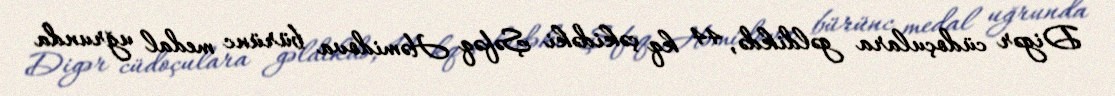
Digər cüdoçulara gəldikdə, 44 kq çəkidəki Şəfəq Həmidova bürünc medal uğrunda